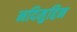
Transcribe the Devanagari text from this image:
नदिमुद्दिन